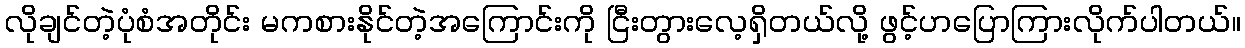
လိုချင်တဲ့ပုံစံအတိုင်း မကစားနိုင်တဲ့အကြောင်းကို ငြီးတွားလေ့ရှိတယ်လို့ ဖွင့်ဟပြောကြားလိုက်ပါတယ်။